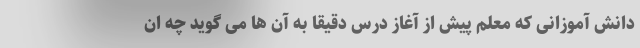
دانش آموزانی که معلم پیش از آغاز درس دقیقا به آن ها می گوید چه ان